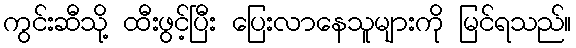
ကွင်းဆီသို့ ထီးဖွင့်ပြီး ပြေးလာနေသူများကို မြင်ရသည်။